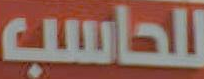
للحاسب